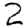
Digit: 2